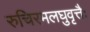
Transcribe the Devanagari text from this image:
रुचिरमलघुवृत्तैः